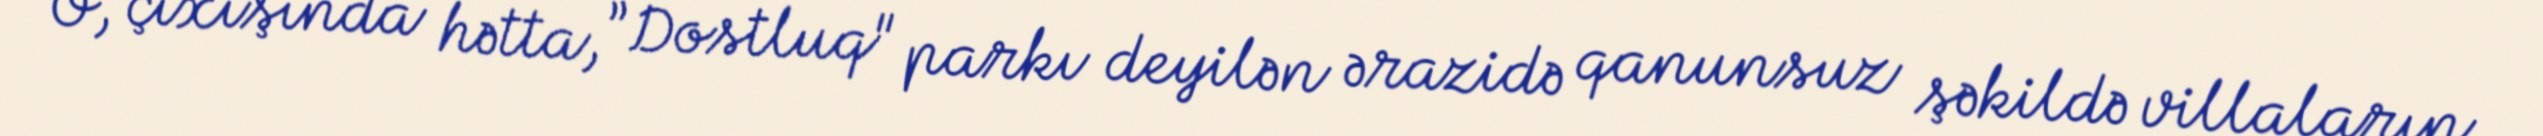
O, çıxışında hətta, ”Dostluq" parkı deyilən ərazidə qanunsuz şəkildə villaların